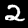
Digit: 2